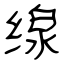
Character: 缐